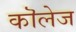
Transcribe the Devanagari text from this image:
कॊलेज